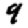
Digit: 9